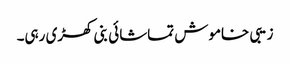
زیبی خاموش تماشائی بنی کھڑی رہی۔